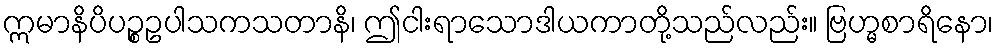
ဣမာနိပိပဉ္စဥပါသကသတာနိ၊ ဤငါးရာသောဒါယကာတို့သည်လည်း။ ဗြဟ္မစာရိနော၊